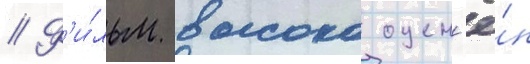
// Ф'и́льм высоко оцен'ё́н